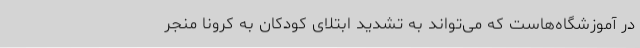
در آموزشگاه‌هاست که می‌تواند به تشدید ابتلای کودکان به کرونا منجر